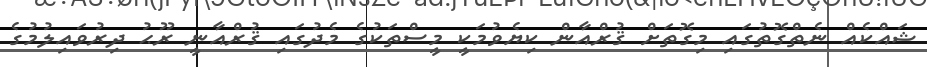
ޝައްކެއް ނެތްގޮތުގައި މިގޮތަށް ޤުރްއާން ކިޔެވުމަކީ މީސްތަކުގެ މެދުގައި ޤުރްއާނީ ރޫޙު ދިރުވައިލުމުގެ